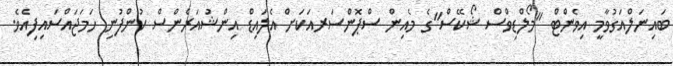
ބައިނަލްއަގުވާމީ އިވެންޓް "މޯލްޑިވްސް ޝޯކޭސް"ގެ މެއިން ސްޕޮންސަރއަކަށް އެލައިޑް އިންޝުއަރެންސް ކުންފުނި ހަމަޖައްސައިފިއެވެ.